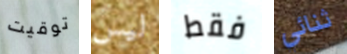
توقيت ليس فقط ثنائي